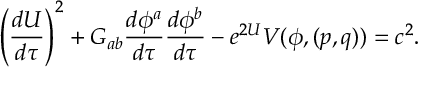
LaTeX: \left( { \frac { d U } { d \tau } } \right) ^ { 2 } + G _ { a b } { \frac { d \phi ^ { a } } { d \tau } } { \frac { d \phi ^ { b } } { d \tau } } - e ^ { 2 U } V ( \phi , ( p , q ) ) = c ^ { 2 } .